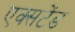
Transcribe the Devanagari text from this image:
एक्सटेंड